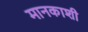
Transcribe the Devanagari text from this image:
मानकाशी